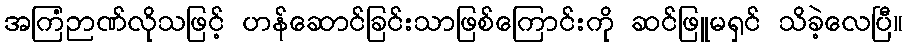
အကြံဉာဏ်လိုသဖြင့် ဟန်ဆောင်ခြင်းသာဖြစ်ကြောင်းကို ဆင်ဖြူမရှင် သိခဲ့လေပြီ။